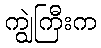
ကျွဲကြီးက